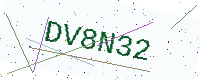
Text: DV8N32